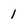
Character: 1